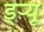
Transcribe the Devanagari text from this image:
ड्‌ऱ्यू